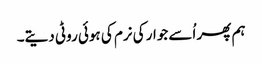
ہم پھر اُسے جوار کی نرم کی ہوئی روٹی دیتے۔